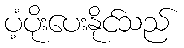
ပံ့ပိုးပေးနိုင်သည်